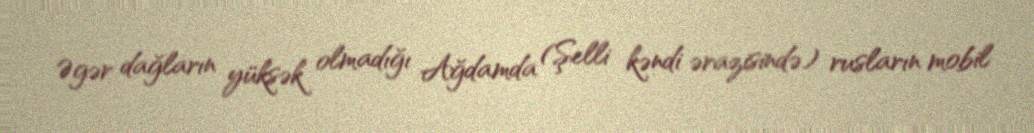
Əgər dağların yüksək olmadığı Ağdamda (Şelli kəndi ərazisində) rusların mobil